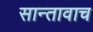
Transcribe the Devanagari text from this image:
सान्तावाच